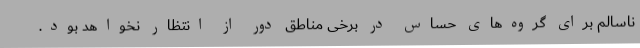
ناسالم برای گروه‌های حساس در برخی مناطق دور از انتظار نخواهد بود.